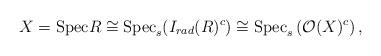
LaTeX: \begin{align*}X=\mathrm{Spec} R \cong \mathrm{Spec}_s (I_{rad}(R)^c) \cong \mathrm{Spec}_s \left(\mathcal{O}(X)^c\right),\end{align*}